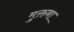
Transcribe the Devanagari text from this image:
मुक्तबा